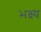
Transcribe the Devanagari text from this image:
भक्ष्‍य